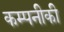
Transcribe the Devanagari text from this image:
कम्पनीकी